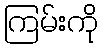
ကြမ်းကို